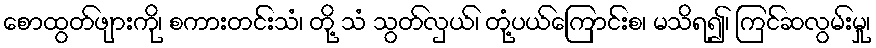
စောထွတ်ဖျားကို၊ စကားတင်းသံ၊ တို့ သံ သွတ်လှယ်၊ တုံ့ပယ်ကြောင်းစ၊ မသိရ၍၊ ကြင်ဆလွမ်းမှု၊